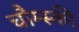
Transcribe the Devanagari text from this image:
चौम्स्की